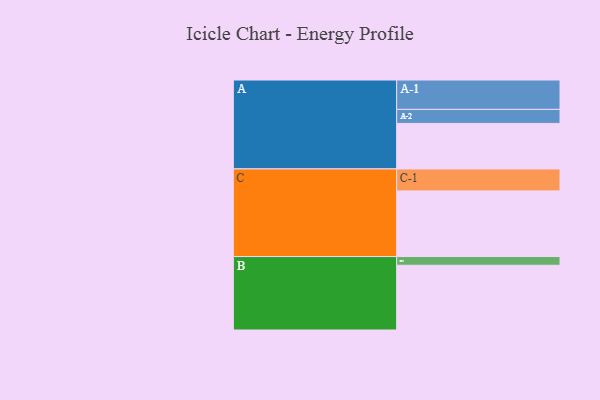
{"axis": {"x": "Segment", "y": "Value"}, "legend": ["", "A", "B", "C"], "data": [{"x": "A", "y": 350, "type": ""}, {"x": "B", "y": 498, "type": ""}, {"x": "C", "y": 505, "type": ""}, {"x": "A-1", "y": 226, "type": "A"}, {"x": "A-2", "y": 108, "type": "A"}, {"x": "B-1", "y": 67, "type": "B"}, {"x": "C-1", "y": 169, "type": "C"}]}